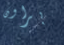
براون